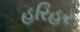
હરિહર